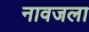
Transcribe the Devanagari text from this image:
नावजला